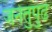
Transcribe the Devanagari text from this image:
जनेतुपुढे